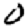
Digit: 0